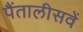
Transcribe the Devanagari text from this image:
पैंतालीसवें